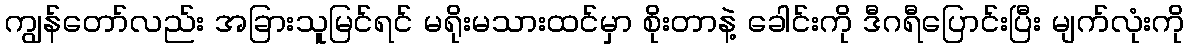
ကျွန်တော်လည်း အခြားသူမြင်ရင် မရိုးမသားထင်မှာ စိုးတာနဲ့ ခေါင်းကို ဒီဂရီပြောင်းပြီး မျက်လုံးကို